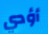
أؤدي